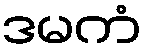
ဒမကံ